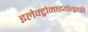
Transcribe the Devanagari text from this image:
इलेक्ट्रोमाइयोग्राफी